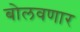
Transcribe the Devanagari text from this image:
बोलवणार